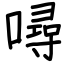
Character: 噚